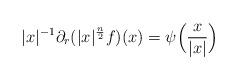
LaTeX: \begin{align*} |x|^{-1} \partial_r(|x|^{\frac{n}{2}}f)(x) = \psi\Big(\frac{x}{|x|}\Big)\end{align*}